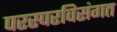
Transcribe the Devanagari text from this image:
परस्परविसंगत